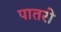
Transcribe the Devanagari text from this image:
पातरी